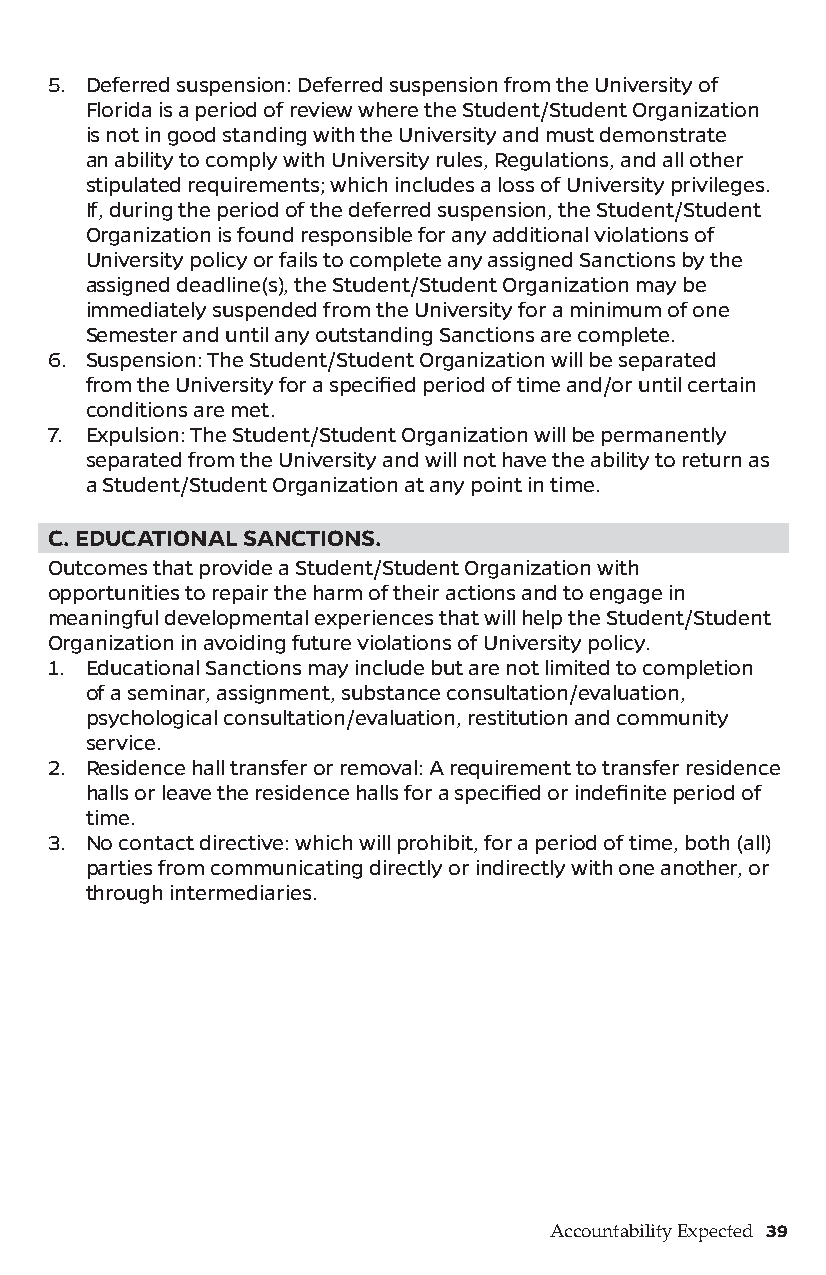
5. Deferred suspension: Deferred suspension from the University of
 Florida is a period of review where the Student/Student Organization
 is not in good standing with the University and must demonstrate
 an ability to comply with University rules, Regulations, and all other
 stipulated requirements; which includes a loss of University privileges.
 If, during the period of the deferred suspension, the Student/Student
 Organization is found responsible for any additional violations of
 University policy or fails to complete any assigned Sanctions by the
 assigned deadline(s), the Student/Student Organization may be
 immediately suspended from the University for a minimum of one
 Semester and until any outstanding Sanctions are complete.
 6. Suspension: The Student/Student Organization will be separated
 from the University for a specified period of time and/or until certain
 conditions are met.
 7. Expulsion: The Student/Student Organization will be permanently
 separated from the University and will not have the ability to return as
 a Student/Student Organization at any point in time.
 C. EDUCATIONAL SANCTIONS.
 Outcomes that provide a Student/Student Organization with
 opportunities to repair the harm of their actions and to engage in
 meaningful developmental experiences that will help the Student/Student
 Organization in avoiding future violations of University policy.
 1. Educational Sanctions may include but are not limited to completion
 of a seminar, assignment, substance consultation/evaluation,
 psychological consultation/evaluation, restitution and community
 service.
 2. Residence hall transfer or removal: A requirement to transfer residence
 halls or leave the residence halls for a specified or indefinite period of
 time.
 3. No contact directive: which will prohibit, for a period of time, both (all)
 parties from communicating directly or indirectly with one another, or
 through intermediaries.
 Accountability Expected 39